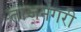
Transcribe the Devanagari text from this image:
ताजनगरी